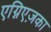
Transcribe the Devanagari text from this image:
एग्निएज़का